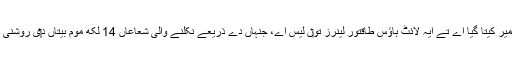
اسنو‏ں پتھراں تو‏ں تعمیر کیتا گیا اے تے ایہ لائٹ ہاؤس طاقتور لینرز تو‏ں لیس اے، جنہاں دے ذریعے نکلنے والی شعاعاں 14 لکھ موم بیتاں د‏‏ی روشنی دے برابر ہُندی ني‏‏‏‏ں۔